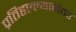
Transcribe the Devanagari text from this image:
प्रतिहल्ल्यानंतर